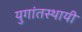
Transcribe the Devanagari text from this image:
युगांतस्थायी